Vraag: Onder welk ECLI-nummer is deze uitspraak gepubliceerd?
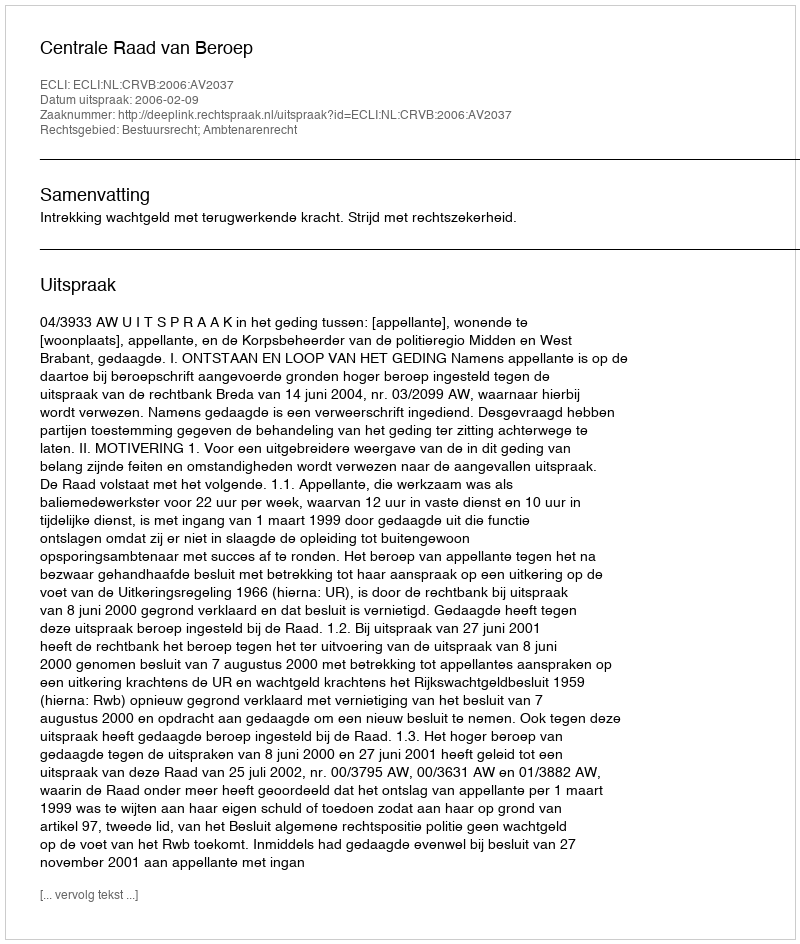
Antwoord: ECLI:NL:CRVB:2006:AV2037